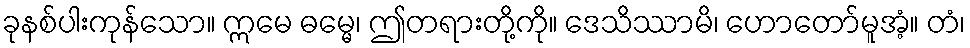
ခုနစ်ပါးကုန်သော။ ဣမေ ဓမ္မေ၊ ဤတရားတို့ကို။ ဒေသိဿာမိ၊ ဟောတော်မူအံ့။ တံ၊